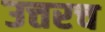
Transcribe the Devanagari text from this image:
उत्तरच